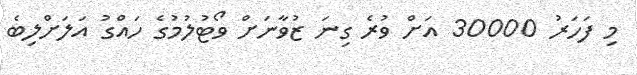
މި ފަހަރު 30000 އަށް ވުރެ ގިނަ ޒުވާނަށް ވޯޓުލުމުގެ ހައްގު އަލަށްލިބެ